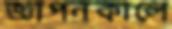
জ্ঞাপনকালে